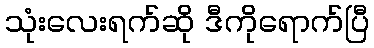
သုံးလေးရက်ဆို ဒီကိုရောက်ပြီ